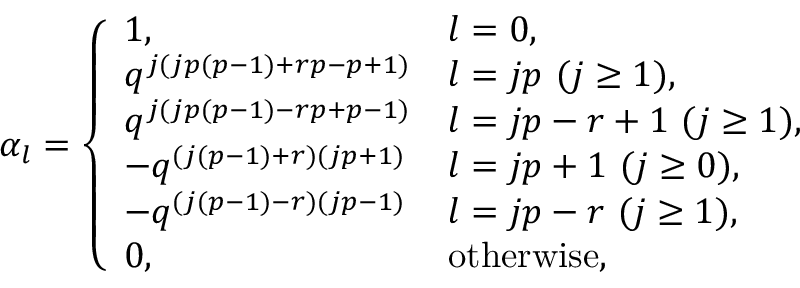
\alpha _ { l } = \left\{ \begin{array} { l l } { { 1 , } } & { { l = 0 , } } \\ { { q ^ { j ( j p ( p - 1 ) + r p - p + 1 ) } } } & { { l = j p ~ ( j \geq 1 ) , } } \\ { { q ^ { j ( j p ( p - 1 ) - r p + p - 1 ) } } } & { { l = j p - r + 1 ~ ( j \geq 1 ) , } } \\ { { - q ^ { ( j ( p - 1 ) + r ) ( j p + 1 ) } } } & { { l = j p + 1 ~ ( j \geq 0 ) , } } \\ { { - q ^ { ( j ( p - 1 ) - r ) ( j p - 1 ) } } } & { { l = j p - r ~ ( j \geq 1 ) , } } \\ { { 0 , } } & { { \mathrm { o t h e r w i s e } , } } \end{array} \right.